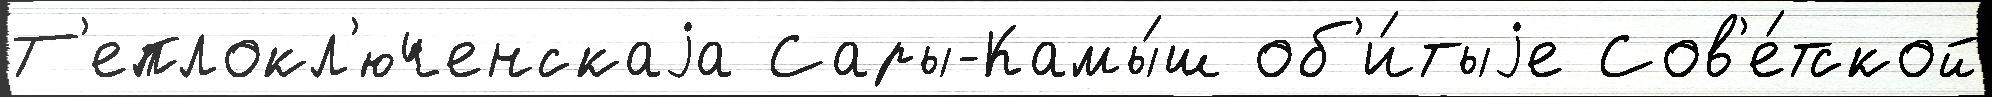
Т'еплокл'юченскаjа Сары-Камы́ш об'и́тыjе Сов'е́тской